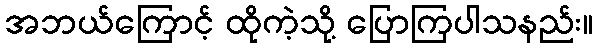
အဘယ်ကြောင့် ထိုကဲ့သို့ ပြောကြပါသနည်း။